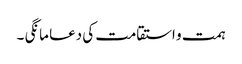
ہمت و استقامت کی دعا مانگی ۔